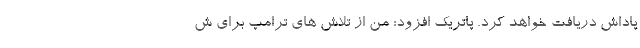
پاداش دریافت خواهد کرد. پاتریک افزود: من از تلاش های ترامپ برای ش